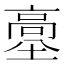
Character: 𩫊